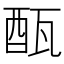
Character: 𨠛